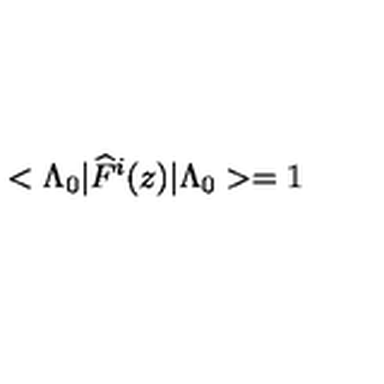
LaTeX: < \Lambda _ { 0 } | \widehat { F } ^ { i } ( z ) | \Lambda _ { 0 } > = 1